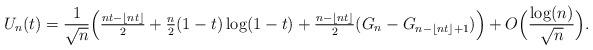
LaTeX: \begin{align*} U_n(t) &= \frac{1}{\sqrt{n}} \Big (\tfrac{nt-\lfloor nt \rfloor}{2} +\tfrac{n}{2}(1 - t)\log(1 - t) +\tfrac{n - \lfloor nt \rfloor }{2}(G_n - G_{n - \lfloor nt \rfloor + 1})\Big) + O\Big (\frac{\log(n)}{\sqrt{n}}\Big). \end{align*}